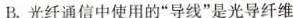
B.光纤通信中使用的”导线”是光导纤维